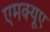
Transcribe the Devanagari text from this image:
एमक्यूए